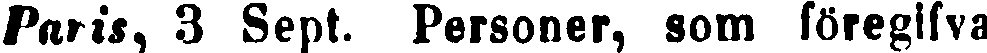
Paris, 3 Sept. Personer, som föregifva